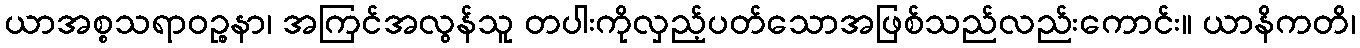
ယာအစ္စသရာဝဉ္စနာ၊ အကြင်အလွန်သူ တပါးကိုလှည့်ပတ်သောအဖြစ်သည်လည်းကောင်း။ ယာနိကတိ၊